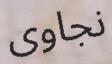
نجاوى